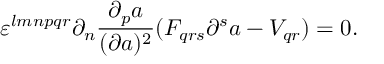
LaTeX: \varepsilon ^ { l m n p q r } \partial _ { n } { \frac { \partial _ { p } a } { ( \partial a ) ^ { 2 } } } ( F _ { q r s } \partial ^ { s } a - { \cal V } _ { q r } ) = 0 .